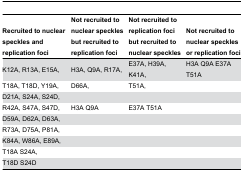
| Recruited to nuclear speckles and replication foci | Not recruited to nuclear speckles but recruited to replication foci | Not recruited to replication foci but recruited to nuclear speckles | Not recruited to nuclear speckles or replication foci |
 | --- | --- | --- | --- |
 | K12A, R13A, E15A, | H3A, Q9A, R17A, | E37A, H39A, K41A, | H3A Q9A E37A T51A |
 | T18A, T18D, Y19A, | D66A, | T51A, |  |
 | D21A, S24A, S24D, |  |  |  |
 | R42A, S47A, S47D, | H3A Q9A | E37A T51A |  |
 | D59A, D62A, D63A, |  |  |  |
 | R73A, D75A, P81A, |  |  |  |
 | K84A, W86A, E89A, |  |  |  |
 | T18A S24A, |  |  |  |
 | T18D S24D |  |  |  |